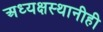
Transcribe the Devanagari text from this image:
अध्यक्षस्थानीही